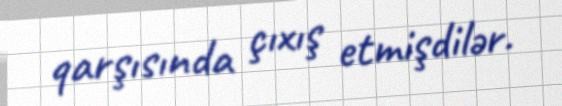
qarşısında çıxış etmişdilər.